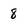
Character: 8